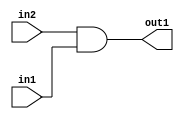
`timescale 1ps / 1ps
/*****************************************************************************
    Verilog RTL Description
    
    
    Created by: Stratus DpOpt 2019.1.01 
*******************************************************************************/

module feature_write_addr_gen_And_1Ux1U_1U_4 (
	in2,
	in1,
	out1
	); /* architecture "behavioural" */ 
input  in2,
	in1;
output  out1;
wire  asc001;

assign asc001 = 
	(in2)
	&(in1);

assign out1 = asc001;
endmodule

/* CADENCE  urnwSw8= : u9/ySgnWtBlWxVPRXgAZ4Og= ** DO NOT EDIT THIS LINE ******/